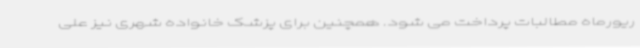
ریورماه مطالبات پرداخت می شود. همچنین برای پزشک خانواده شهری نیز علی